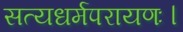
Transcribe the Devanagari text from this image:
सत्यधर्मपरायणः।